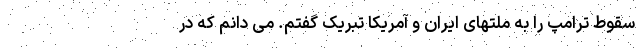
سقوط ترامپ را به ملتهای ایران و آمریکا تبریک گفتم. می دانم که در